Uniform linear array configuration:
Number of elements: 32
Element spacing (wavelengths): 0.25
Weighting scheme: kaiser
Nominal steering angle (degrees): -45
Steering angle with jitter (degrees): -43.011
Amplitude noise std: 0.05
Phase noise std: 0.05

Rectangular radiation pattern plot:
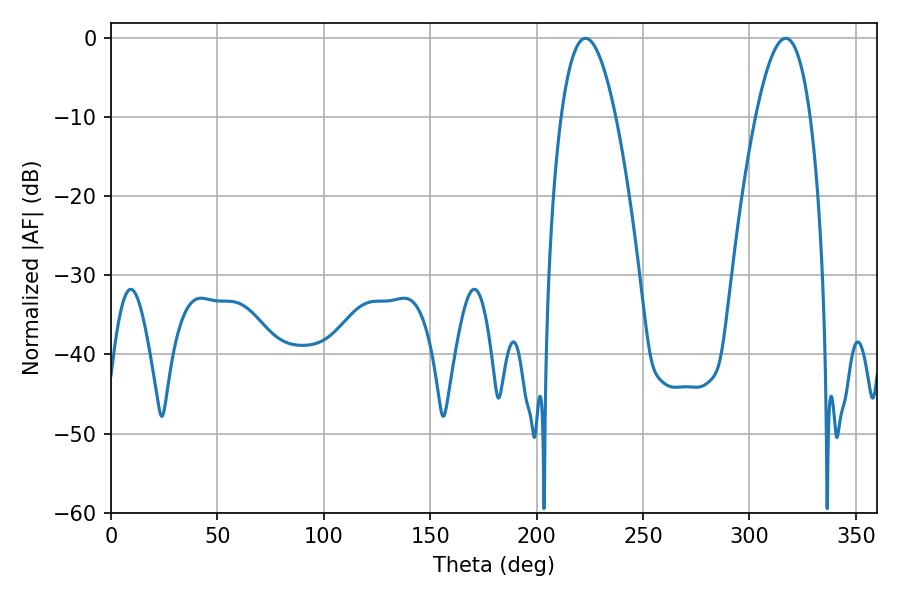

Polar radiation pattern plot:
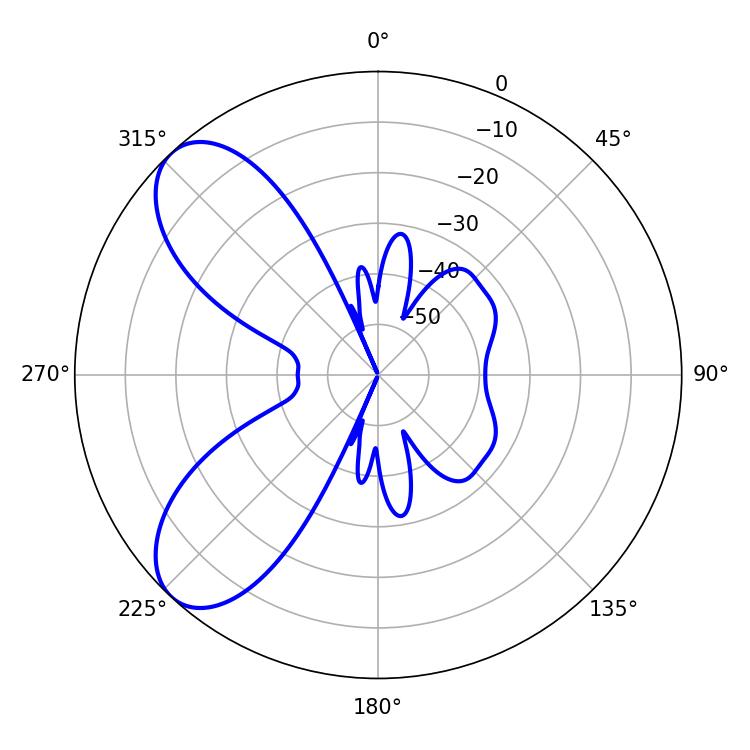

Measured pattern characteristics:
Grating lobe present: FALSE
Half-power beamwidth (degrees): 14.04
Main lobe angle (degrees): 223.02